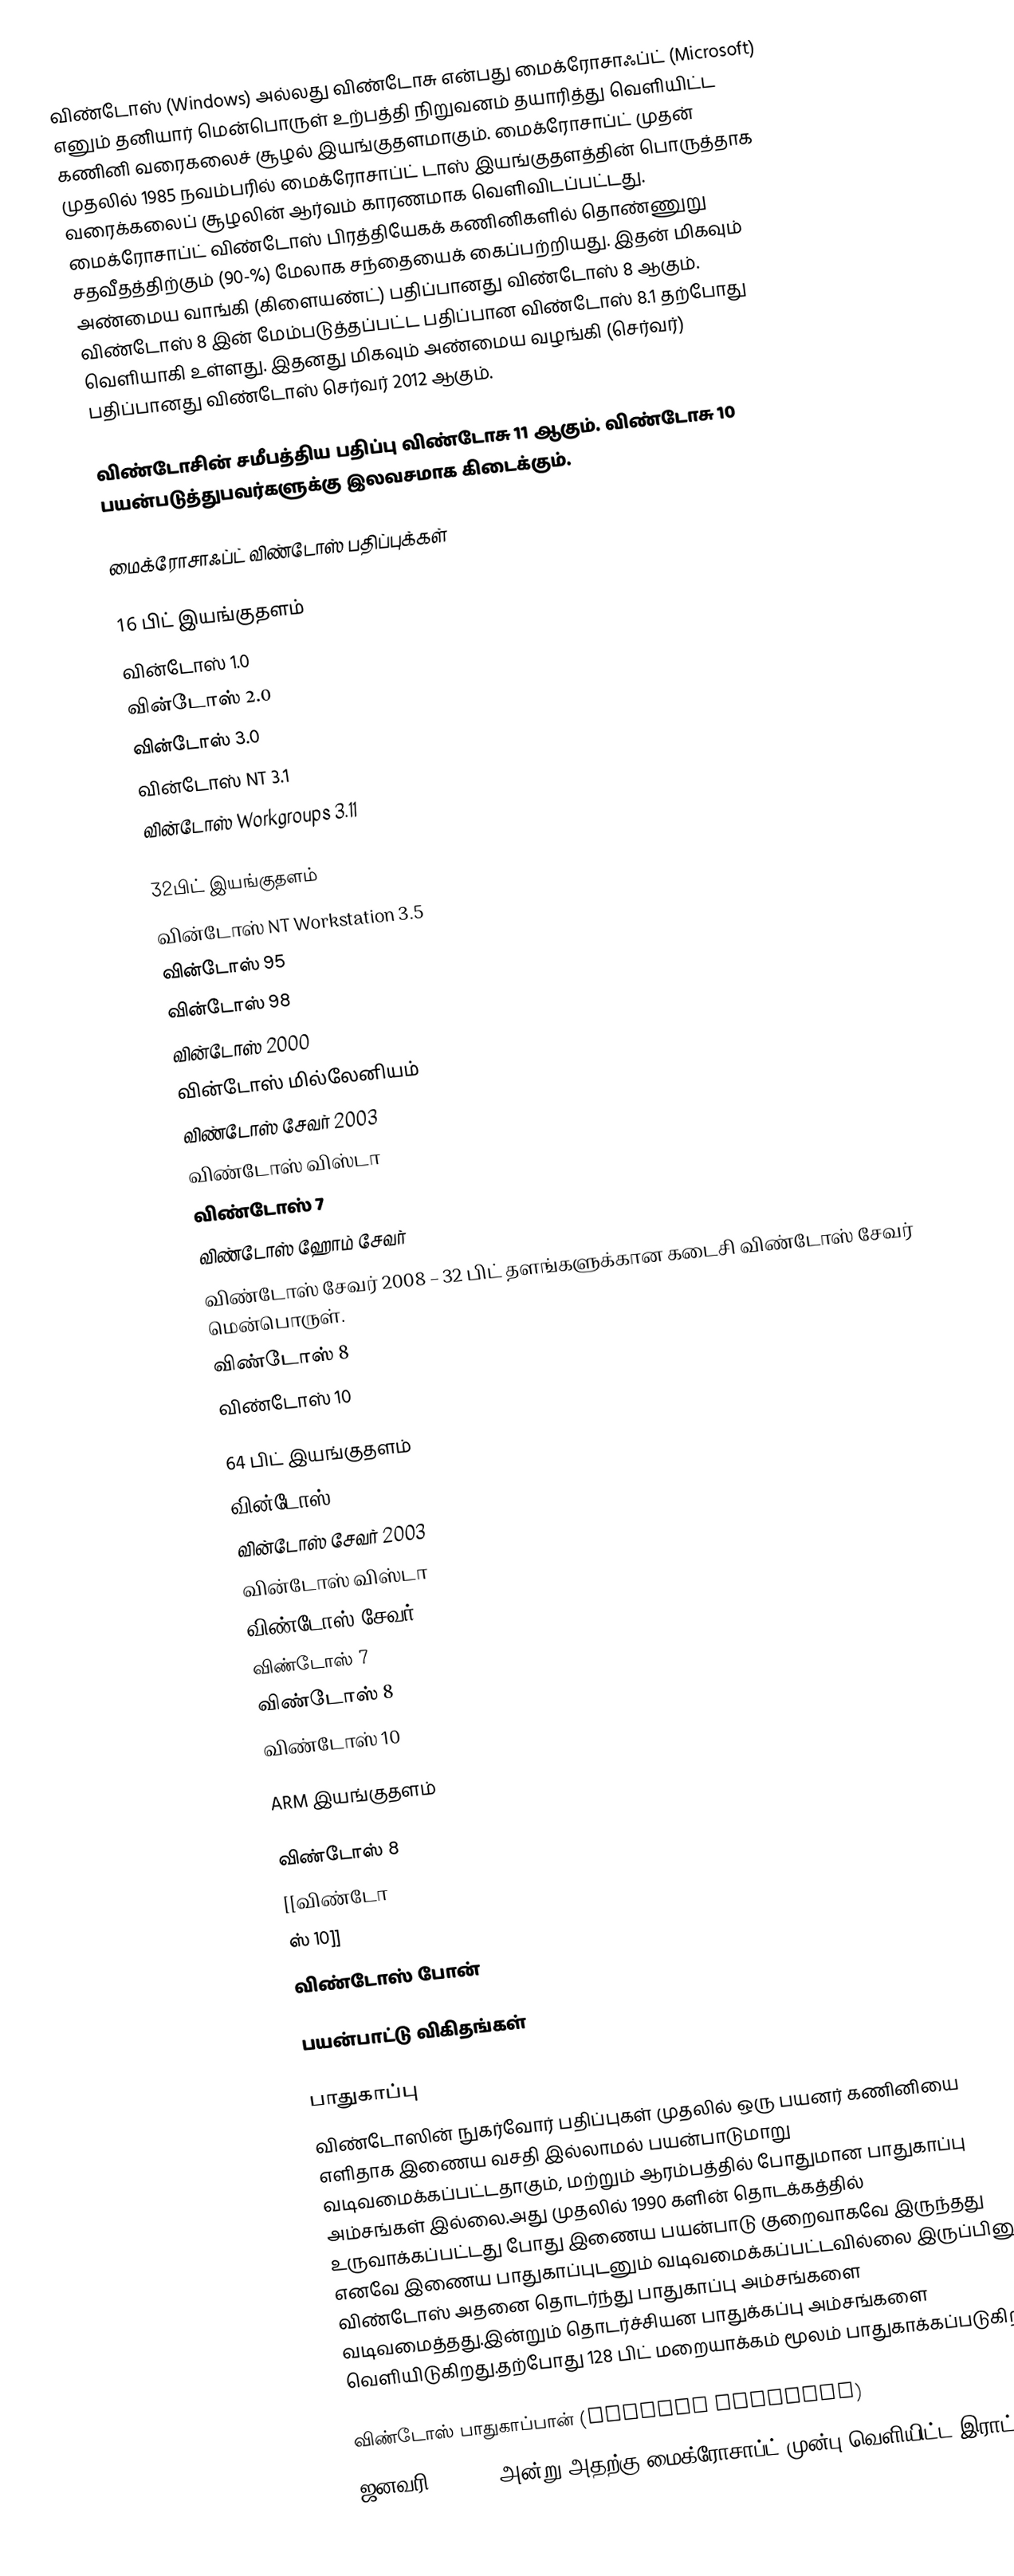
விண்டோஸ் (Windows) அல்லது விண்டோசு என்பது மைக்ரோசாஃப்ட் (Microsoft) எனும் தனியார் மென்பொருள் உற்பத்தி நிறுவனம் தயாரித்து வெளியிட்ட கணினி வரைகலைச் சூழல் இயங்குதளமாகும். மைக்ரோசாப்ட் முதன் முதலில் 1985 நவம்பரில் மைக்ரோசாப்ட் டாஸ் இயங்குதளத்தின் பொருத்தாக வரைக்கலைப் சூழலின் ஆர்வம் காரணமாக வெளிவிடப்பட்டது. மைக்ரோசாப்ட் விண்டோஸ் பிரத்தியேகக் கணினிகளில் தொண்ணுறு சதவீதத்திற்கும் (90-%) மேலாக சந்தையைக் கைப்பற்றியது. இதன் மிகவும் அண்மைய வாங்கி (கிளையண்ட்) பதிப்பானது விண்டோஸ் 8 ஆகும். விண்டோஸ் 8 இன் மேம்படுத்தப்பட்ட பதிப்பான விண்டோஸ் 8.1 தற்போது வெளியாகி உள்ளது. இதனது மிகவும் அண்மைய வழங்கி (செர்வர்) பதிப்பானது விண்டோஸ் செர்வர் 2012 ஆகும்.

விண்டோசின் சமீபத்திய பதிப்பு விண்டோசு 11 ஆகும். விண்டோசு 10 பயன்படுத்துபவர்களுக்கு  இலவசமாக கிடைக்கும்.

மைக்ரோசாஃப்ட்  விண்டோஸ் பதிப்புக்கள்

16 பிட் இயங்குதளம்
 வின்டோஸ் 1.0
 வின்டோஸ் 2.0
 வின்டோஸ் 3.0
 வின்டோஸ் NT 3.1
 வின்டோஸ் Workgroups 3.11

32பிட் இயங்குதளம்
 வின்டோஸ் NT Workstation 3.5
 வின்டோஸ் 95
 வின்டோஸ் 98
 வின்டோஸ் 2000
 வின்டோஸ் மில்லேனியம்
 விண்டோஸ் சேவர் 2003
 விண்டோஸ் விஸ்டா
 விண்டோஸ் 7
 விண்டோஸ் ஹோம் சேவர்
 விண்டோஸ் சேவர் 2008 – 32 பிட் தளங்களுக்கான கடைசி விண்டோஸ் சேவர் மென்பொருள்.
 விண்டோஸ் 8
விண்டோஸ் 10

64 பிட் இயங்குதளம்
 வின்டோஸ் XP
 வின்டோஸ் சேவர் 2003
 வின்டோஸ் விஸ்டா
 விண்டோஸ் சேவர் 2008
 விண்டோஸ் 7
 விண்டோஸ் 8
 விண்டோஸ் 10

ARM இயங்குதளம்

 விண்டோஸ் 8
 [[விண்டோ
ஸ் 10]]
 விண்டோஸ் போன்

பயன்பாட்டு விகிதங்கள்

பாதுகாப்பு
விண்டோஸின் நுகர்வோர் பதிப்புகள் முதலில் ஒரு பயனர் கணினியை எளிதாக இணைய வசதி இல்லாமல் பயன்பாடுமாறு வடிவமைக்கப்பட்டதாகும், மற்றும் ஆரம்பத்தில் போதுமான பாதுகாப்பு அம்சங்கள் இல்லை.அது முதலில் 1990 களின் தொடக்கத்தில் உருவாக்கப்பட்டது போது இணைய பயன்பாடு குறைவாகவே இருந்தது எனவே இணைய பாதுகாப்புடனும் வடிவமைக்கப்பட்டவில்லை இருப்பினும் விண்டோஸ் அதனை தொடர்ந்து பாதுகாப்பு அம்சங்களை வடிவமைத்தது.இன்றும் தொடர்ச்சியன பாதுக்கப்பு அம்சங்களை வெளியிடுகிறது.தற்போது 128 பிட் மறையாக்கம் மூலம் பாதுகாக்கப்படுகிறது.

விண்டோஸ் பாதுகாப்பான் (Windows Defender)
ஜனவரி 6, 2005 அன்று,அதற்கு மைக்ரோசாப்ட் முன்பு வெளியிட்ட இராட்சத